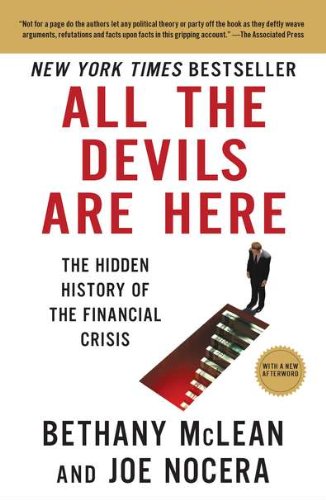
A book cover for All the Devils Are Here: The Hidden History of the Financial Crisis; Bethany McLean; Business & Money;